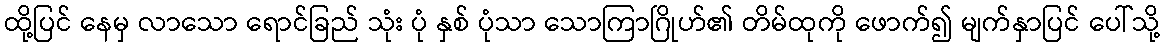
ထို့ပြင် နေမှ လာသော ရောင်ခြည် သုံး ပုံ နှစ် ပုံသာ သောကြာဂြိုဟ်၏ တိမ်ထုကို ဖောက်၍ မျက်နှာပြင် ပေါ်သို့